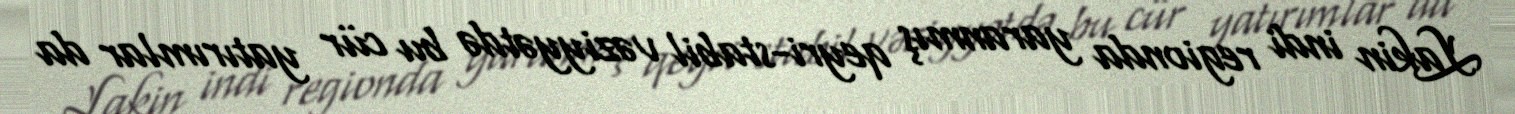
Lakin indi regionda yaranmış qeyri-stabil vəziyyətdə bu cür yatırımlar da